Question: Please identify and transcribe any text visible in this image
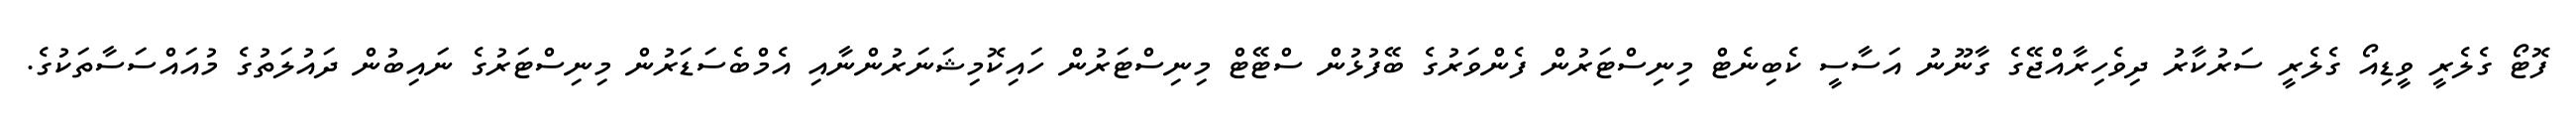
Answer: ފޮޓޯ ގެލެރީ ވީޑިއޯ ގެލެރީ ސަރުކާރު ދިވެހިރާއްޖޭގެ ގާނޫނު އަސާސީ ކެބިނެޓް މިނިސްޓަރުން ފެންވަރުގެ ބޭފުޅުން ސްޓޭޓް މިނިސްޓަރުން ހައިކޮމިޝަނަރުންނާއި އެމްބެސަޑަރުން މިނިސްޓަރުގެ ނައިބުން ދައުލަތުގެ މުއައްސަސާތަކުގެ.